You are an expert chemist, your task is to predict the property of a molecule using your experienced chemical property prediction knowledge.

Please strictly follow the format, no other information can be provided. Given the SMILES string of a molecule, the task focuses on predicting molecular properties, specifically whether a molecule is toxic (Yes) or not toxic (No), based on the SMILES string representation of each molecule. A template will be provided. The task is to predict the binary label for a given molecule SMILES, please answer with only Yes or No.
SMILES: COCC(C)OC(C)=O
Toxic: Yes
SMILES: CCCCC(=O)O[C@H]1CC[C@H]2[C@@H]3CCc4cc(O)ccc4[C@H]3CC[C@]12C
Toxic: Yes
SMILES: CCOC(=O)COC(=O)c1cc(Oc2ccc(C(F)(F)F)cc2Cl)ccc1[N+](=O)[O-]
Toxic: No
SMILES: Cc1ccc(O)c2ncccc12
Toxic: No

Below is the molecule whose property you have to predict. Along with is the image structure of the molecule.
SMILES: O=[N+]([O-])c1cc([N+](=O)[O-])c2ccccc2c1
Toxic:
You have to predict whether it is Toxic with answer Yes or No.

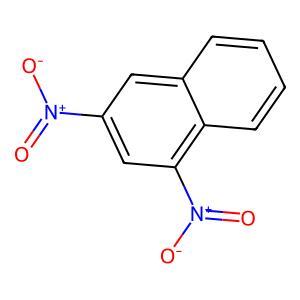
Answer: No